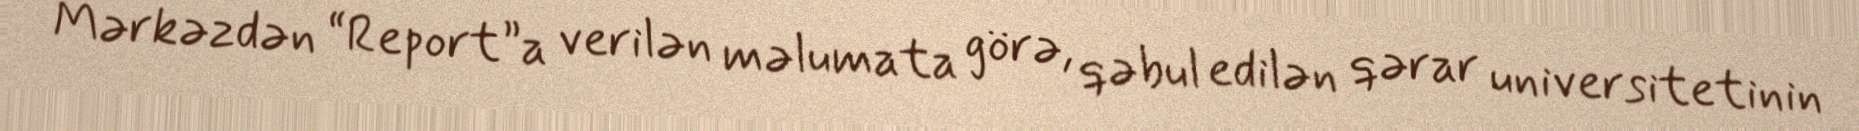
Mərkəzdən “Report”a verilən məlumata görə, qəbul edilən qərar universitetinin